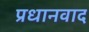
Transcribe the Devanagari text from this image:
प्रधानवाद